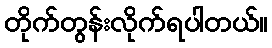
တိုက်တွန်းလိုက်ရပါတယ်။